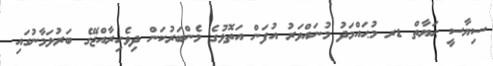
ސިޔާސީ ޙަޔާތް ޑރ މުޙައްމަދު މުނައްވަރު އުފަން އަތޮޅުގެ މެންބަރުކަން ދިވެހިރާއްޖޭގެ ބަރުލަމާނުގައި